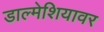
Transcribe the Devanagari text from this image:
डाल्मेशियावर